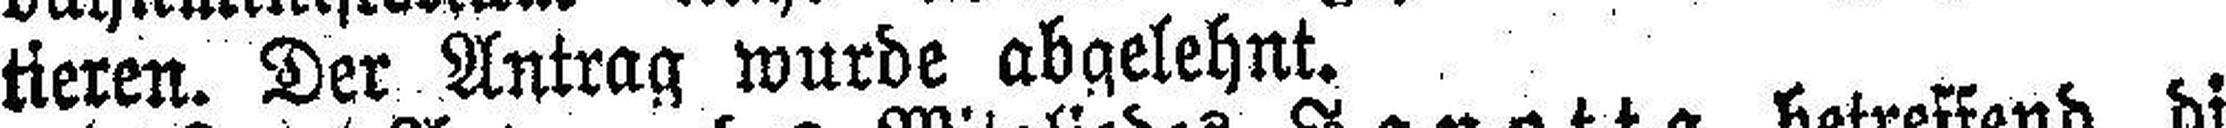
tieren. Der Antrag wurde ab gelehnt.